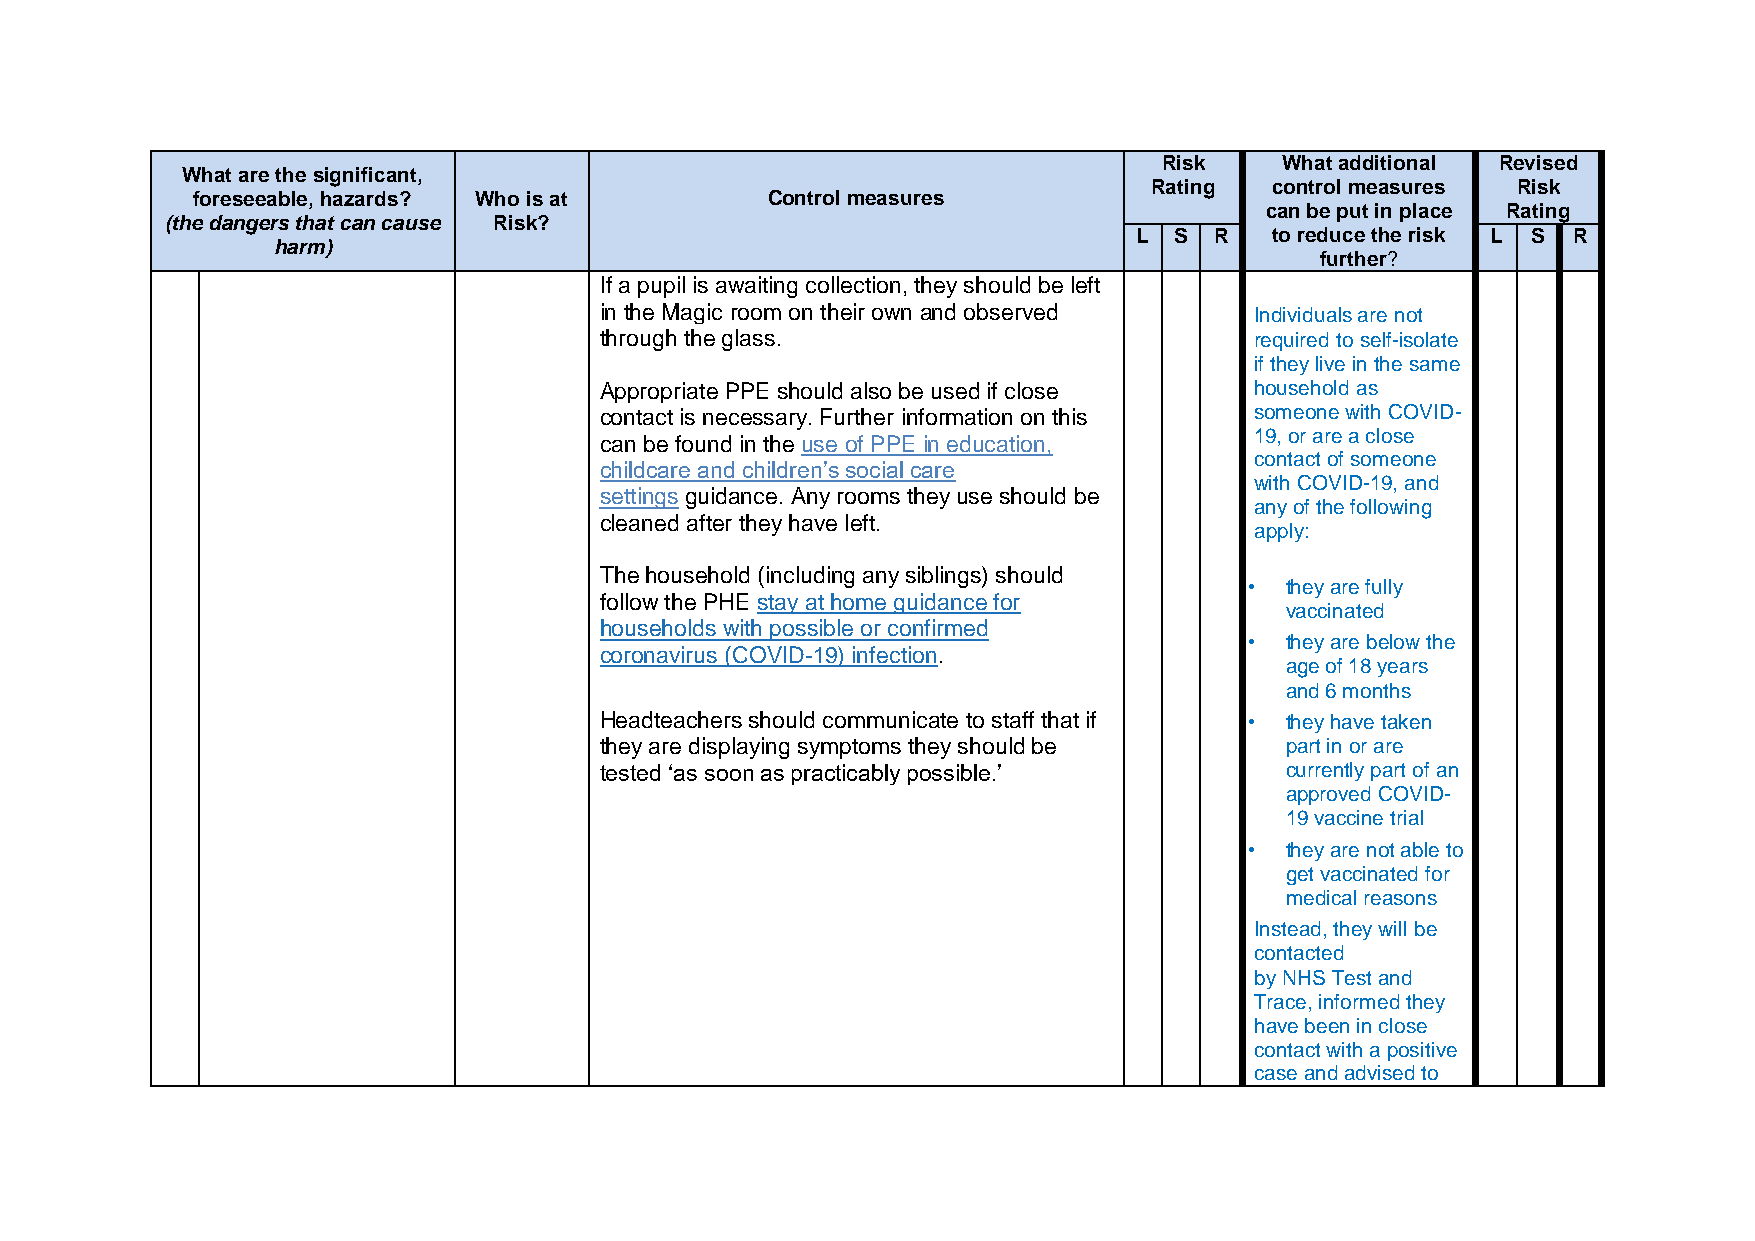
Risk    What additional Revised
 What are the significant,
 Rating  control measures Risk
 foreseeable, hazards? Who is at       Control measures
 can be put in place Rating
 (the dangers that can cause Risk?
 L  S R   to reduce the risk L S R
 harm)
 further?
 If a pupil is awaiting collection, they should be left
 in the Magic room on their own and observed Individuals are not
 through the glass.                         required to self-isolate
 if they live in the same
 Appropriate PPE should also be used if close household as
 contact is necessary. Further information on this someone with COVID-
 19, or are a close
 can be found in the use of PPE in education,
 contact of someone
 childcare and children’s social care
 with COVID-19, and
 settings guidance. Any rooms they use should be
 any of the following
 cleaned after they have left.
 apply:
 The household (including any siblings) should
 • they are fully
 follow the PHE stay at home guidance for
 vaccinated
 households with possible or confirmed
 • they are below the
 coronavirus (COVID-19) infection.
 age of 18 years
 and 6 months
 Headteachers should communicate to staff that if • they have taken
 they are displaying symptoms they should be  part in or are
 tested ‘as soon as practicably possible.’    currently part of an
 approved COVID-
 19 vaccine trial
 • they are not able to
 get vaccinated for
 medical reasons
 Instead, they will be
 contacted
 by NHS Test and
 Trace, informed they
 have been in close
 contact with a positive
 case and advised to